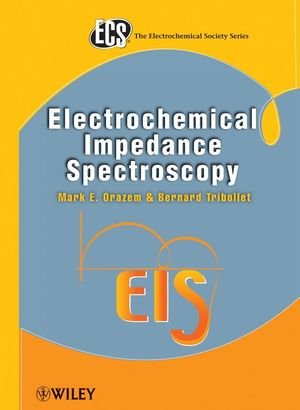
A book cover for Electrochemical Impedance Spectroscopy; Mark E. Orazem; Science & Math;